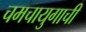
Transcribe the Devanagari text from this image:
चमचायुगाची